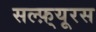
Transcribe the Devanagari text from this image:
सल्फ़्यूरस